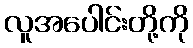
လူအပေါင်းတို့ကို